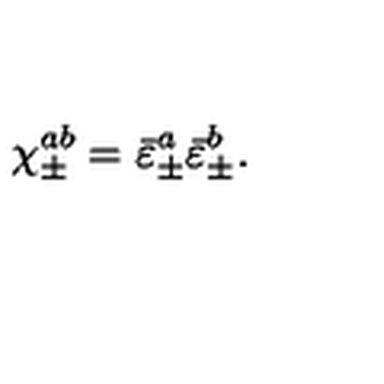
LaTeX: \chi _ { \pm } ^ { a b } = \bar { \varepsilon } _ { \pm } ^ { a } \bar { \varepsilon } _ { \pm } ^ { b } .